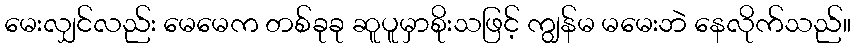
မေးလျှင်လည်း မေမေက တစ်ခုခု ဆူပူမှာစိုးသဖြင့် ကျွန်မ မမေးဘဲ နေလိုက်သည်။